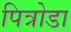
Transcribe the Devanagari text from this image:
पित्रोडा